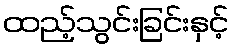
ထည့်သွင်းခြင်းနှင့်